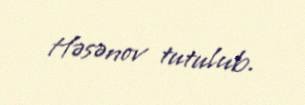
Həsənov tutulub.